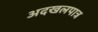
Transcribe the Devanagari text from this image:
अदखलपात्र